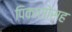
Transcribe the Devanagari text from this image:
पिकासोसह